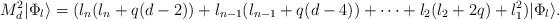
LaTeX: \begin{align*}M^2_d |\Phi_l\rangle= (l_n(l_n+q(d-2)) + l_{n-1}(l_{n-1}+q(d-4)) + \dots + l_2(l_2 + 2 q) + l_1^2)|\Phi_l\rangle. \end{align*}